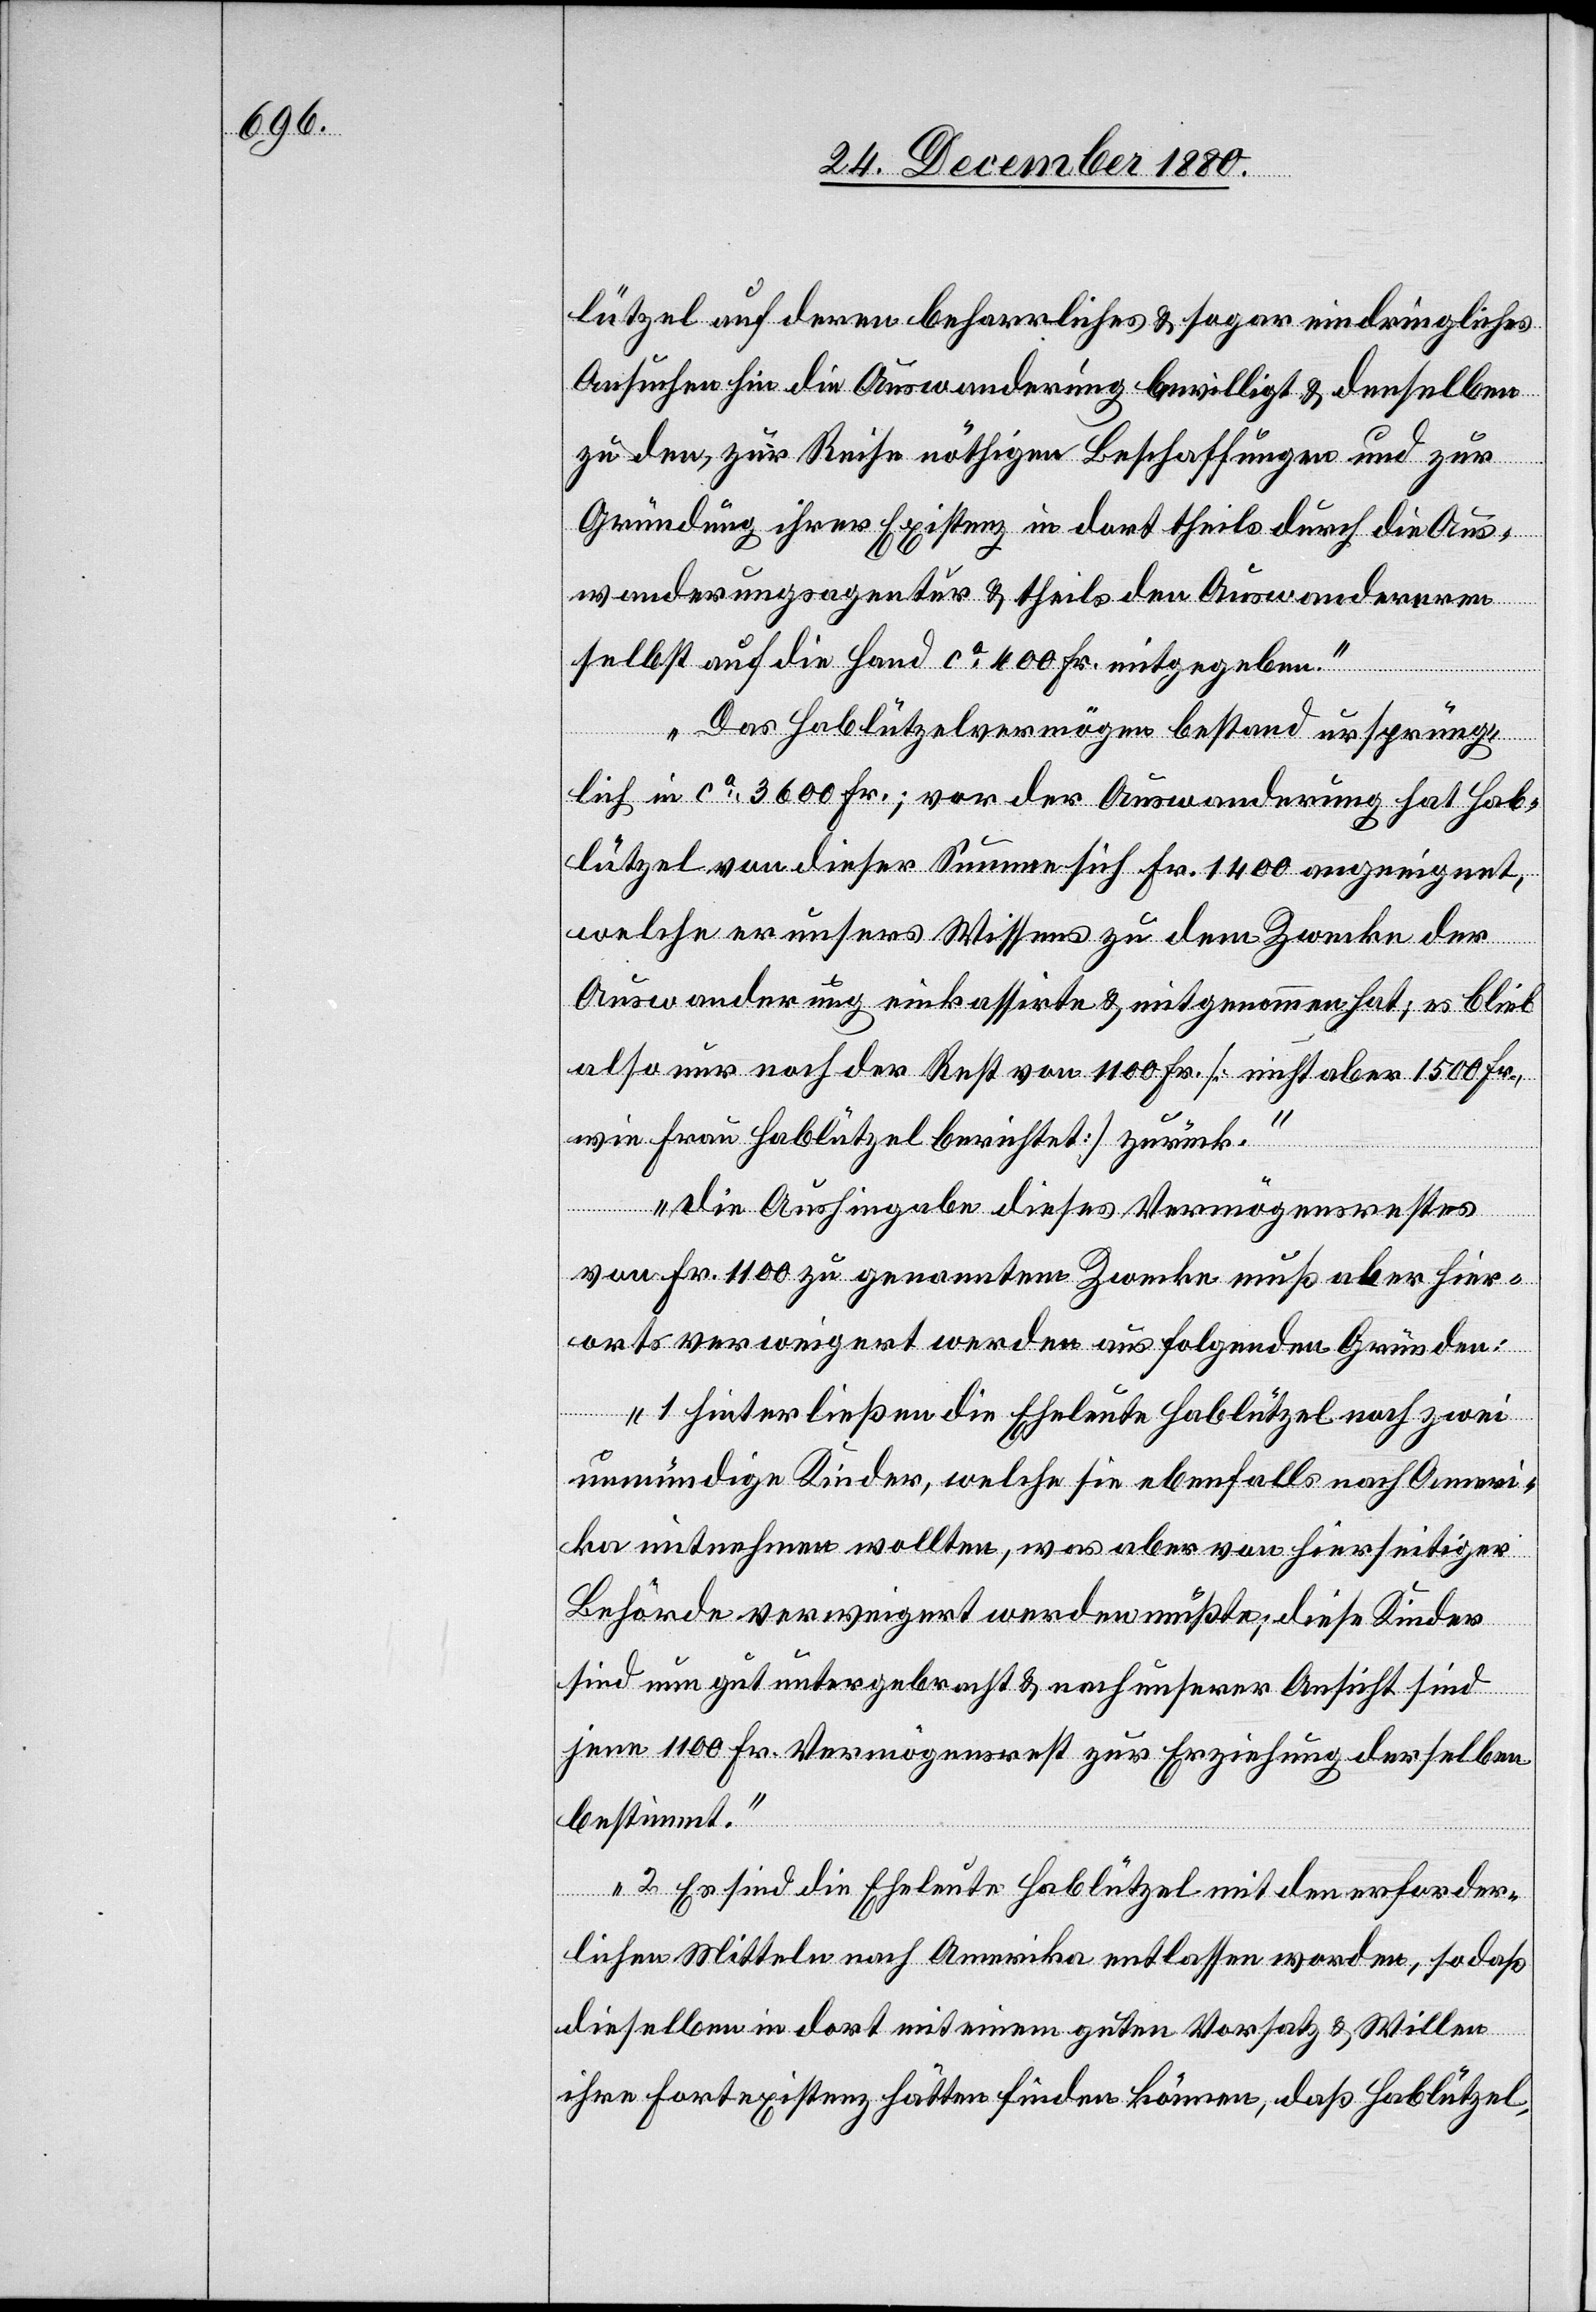
lützel auf deren beharrliches & sogar eindringliches
Ansuchen hin die Auswanderung bewilligt & denselben
zu den, zur Reise nötigen Beschaffungen und zur
Gründung ihrer Existenz in dort theils durch die Aus¬
wanderungsagentur & theils den Auswanderern
selbst auf die Hand ca 400 Fr. mitgegeben.
Das Hablützelvermögen bestand ursprüng¬
lich in ca 3600 Fr,; vor der Auswanderung hat Hab¬
lützel von dieser Summe sich Fr. 1400 angeeignet,
welche er unsers Wissens zu dem Zwecke der
Auswanderung einkassirte & mitgenommen hat; es blieb
also nur noch der Rest von 1100 Fr. [nicht aber 1500 Fr.
wie Frau Hablützel berichtet] zurück.
Die Aushingabe dieses Vermögensrestes
von Fr. 1100 zu genanntem Zwecke muß aber hier¬
orts verweigert werden aus folgenden Gründen:
1. Hinterließen die Eheleute Hablützel noch zwei
unmündige Kinder, welche sie ebenfalls nach Ameri¬
ka mitnehmen wollten, was aber von hierseitiger
Behörde verweigert werden mußte; diese Kinder
sind nun gut untergebracht & nach unserer Ansicht sind
jene 1100 Fr. Vermögensrest zur Erziehung derselben
bestimmt.
2. Es sind die Eheleute Hablützel mit den erforder¬
lichen Mitteln nach Amerika entlassen worden, sodaß
dieselben in dort mit einem guten Vorsatz & Willen
ihre Fortexistenz hätten finden können, daß Hablützel